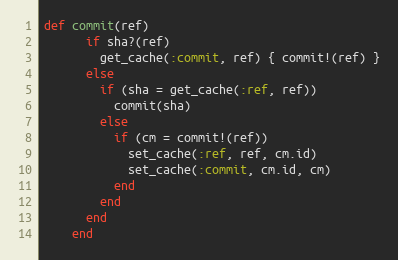
Language: Ruby
def commit(ref)
      if sha?(ref)
        get_cache(:commit, ref) { commit!(ref) }
      else
        if (sha = get_cache(:ref, ref))
          commit(sha)
        else
          if (cm = commit!(ref))
            set_cache(:ref, ref, cm.id)
            set_cache(:commit, cm.id, cm)
          end
        end
      end
    end